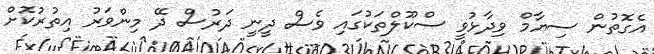
އެގޮތުން ސިޔާމް ވިދާޅުވީ ސްކޫލްތަކުގައި ވެސް ދީނީ ދަރުސް ދޭ މިންވަރު އިތުރުކޮށް